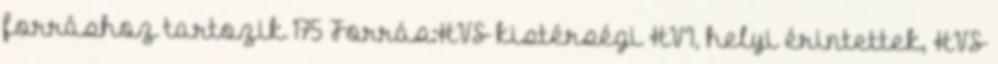
forráshoz tartozik 175 Forrás:HVS kistérségi HVI, helyi érintettek, HVS